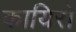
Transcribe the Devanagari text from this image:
कायिरो